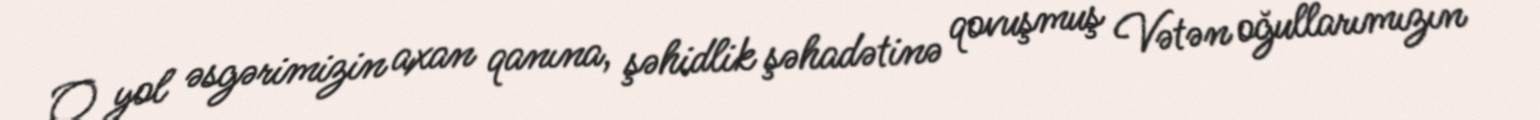
O yol əsgərimizin axan qanına, şəhidlik şəhadətinə qovuşmuş Vətən oğullarımızın